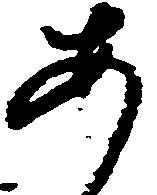
あ